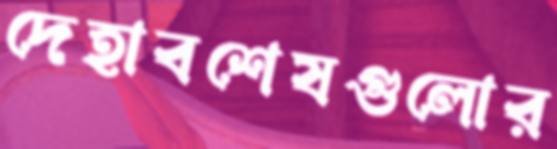
দেহাবশেষগুলোর